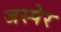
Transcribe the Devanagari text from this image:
जस्पेर